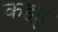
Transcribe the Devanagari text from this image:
कहहु